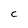
Character: C